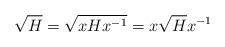
LaTeX: \begin{align*}\sqrt{H} = \sqrt{xHx^{-1}} = x\sqrt{H}x^{-1} \end{align*}